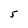
Character: 5